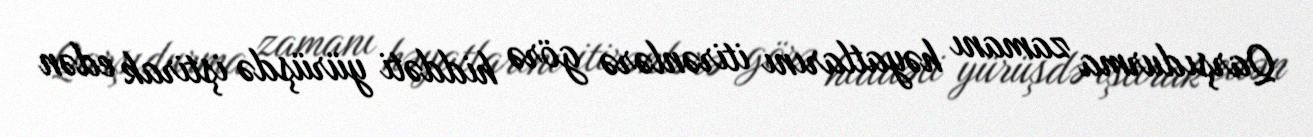
Qarşıdurma zamanı həyatlarını itirənlərə görə hiddəti yürüşdə iştirak edən